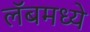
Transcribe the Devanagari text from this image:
लॅबमध्ये